system: You are a helpful assistant.
user:
Analyze the provided spectrum to determine if it is a **S-type Star**.

- **Key Indicators for S-type Star:**

    - **(Overall Spectrum Shape):** The first and most obvious characteristic is the overall continuum (the "baseline" shape). It is **extremely "red-sloping,"** meaning the flux (light intensity) is very low on the left side (blue, ~4000-4500 Å) and rises steeply and continuously toward the right side (red, ~7000 Å+).

    - **(Primary):** The spectrum is defined by the presence of strong, broad molecular absorption "valleys" (bands) from **Zirconium Oxide (ZrO)**. The identification of these bands is the **primary requirement** for classifying a star as S-type.
        - **(Key Bandheads):** You must find distinct, deep "dips" where the light has been absorbed. The most critical band systems to locate are:
            - **~6474 Å** ($\gamma$-system): This is often the strongest and clearest ZrO feature, found in the red part of the spectrum.
            - **~5718 Å** & **~5551 Å** ($\beta$-system): A pair of prominent absorption features in the yellow-orange part of the spectrum.
            - **~4640 Å** ($\alpha$-system): A key absorption band system in the blue-green region of the spectrum.

    - **(Secondary Confirmation):** The classification is strengthened by finding additional absorption bands from other related heavy element oxides, which are expected to be present alongside ZrO.
        - **(Key Bandheads):**
            - **Yttrium Oxide (YO):** Look for absorption dips near **~4800 Å** and **~6100 Å**.
            - **Lanthanum Oxide (LaO):** Additional absorption features, particularly in the red-orange part of the spectrum, are also characteristic.

    - **(Line Profile):** The combination of the steep red continuum and these numerous, deep molecular bands (ZrO, YO, etc.) gives the entire spectrum a very **"chopped-up"** or **"bumpy"** appearance. Instead of a smooth curve, the spectrum looks as though large, wide chunks of light have been "carved out" of it at the specific wavelengths listed above.

Think first, call **spectral_visualization_tool** if needed to examine features in detail, then provide your final answer. Your response must adhere to the following strict rules:
1.  **Overall Structure:** Your response must follow the format `<think>...</think> <tool_call>...</tool_call> (if a tool is used) <answer>...</answer>`.
2.  **Tool Usage Constraint:** You may only make **one** tool call per turn.
3.  **Final Answer Format:** In the `<answer>` tag, your conclusion must be inside a `\boxed{}` command (e.g., `\boxed{YES}` or `\boxed{NO}`), followed by your justification.

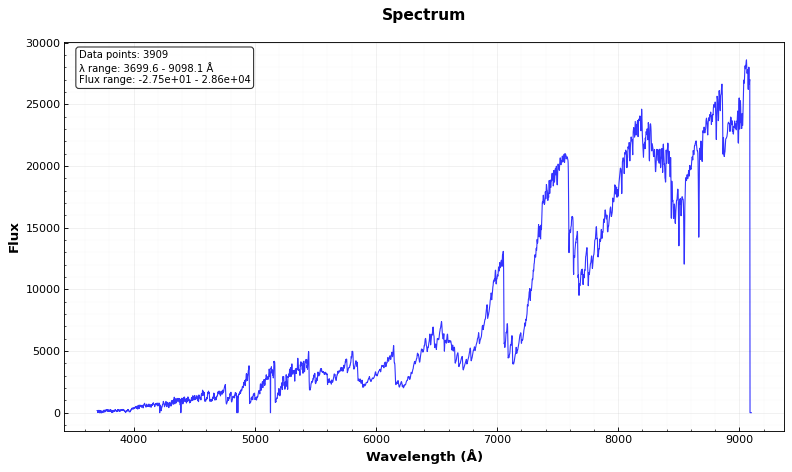
Answer: YES